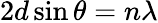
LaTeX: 2d\sin\theta=n\lambda